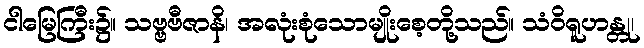
ငါမြေကြီး၌။ သဗ္ဗဗီဇာနိ၊ အလုံးစုံသောမျိုးစေ့တို့သည်။ သံဝိရူဟန္တု၊